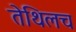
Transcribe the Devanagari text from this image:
तेथिलच